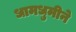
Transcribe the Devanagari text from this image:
धामधुमीने